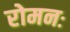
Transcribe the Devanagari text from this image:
रोमनः